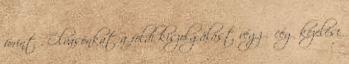
forint . Olvasónkat a földi kiszolgálást végző cég kezelési